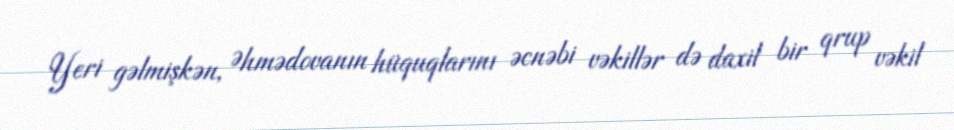
Yeri gəlmişkən, Əhmədovanın hüquqlarını əcnəbi vəkillər də daxil bir qrup vəkil